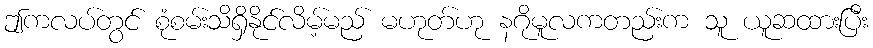
ဤကလပ်တွင် စုံစမ်းသိရှိနိုင်လိမ့်မည် မဟုတ်ဟု နဂိုမူလကတည်းက သူ ယူဆထားပြီး